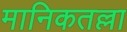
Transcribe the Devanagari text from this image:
मानिकतल्ला